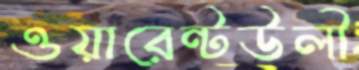
ওয়ারেন্টউলী